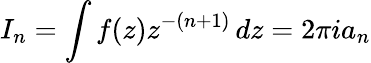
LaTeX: I_{n}=\int f(z)z^{-(n+1)}\, dz=2\pi ia_{n}